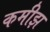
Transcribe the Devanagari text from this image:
कमीझ